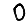
Digit: 0